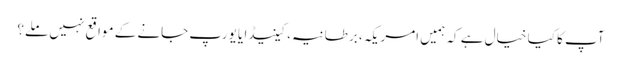
آپ کا کیا خیال ہے کہ ہمیں امریکہ، برطانیہ، کینیڈا یا یورپ جانے کے مواقع نہیں ملے؟